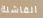
الفاشلة